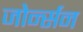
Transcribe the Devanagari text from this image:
जोर्न्सन